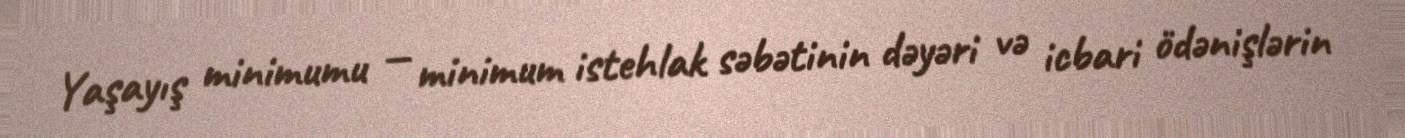
Yaşayış minimumu — minimum istehlak səbətinin dəyəri və icbari ödənişlərin